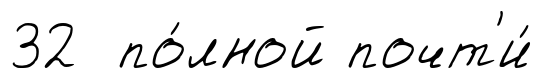
32 по́лной почт'и́